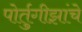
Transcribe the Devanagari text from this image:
पोर्तुगीझांचे